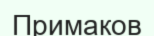
Примаков